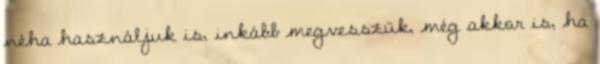
néha használjuk is, inkább megvesszük, még akkor is, ha